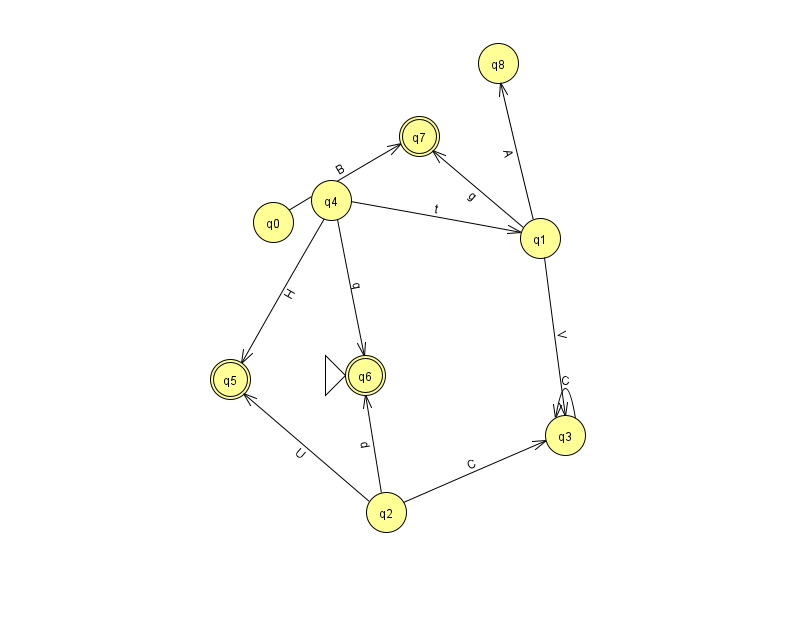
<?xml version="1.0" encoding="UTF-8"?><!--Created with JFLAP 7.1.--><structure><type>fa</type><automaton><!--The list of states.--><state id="0" name="q0"><x>273.0</x><y>209.0</y></state><state id="1" name="q1"><x>540.0</x><y>225.0</y></state><state id="2" name="q2"><x>386.0</x><y>499.0</y></state><state id="3" name="q3"><x>565.0</x><y>422.0</y></state><state id="4" name="q4"><x>331.0</x><y>187.0</y></state><state id="5" name="q5"><x>230.0</x><y>366.0</y><final/></state><state id="6" name="q6"><x>365.0</x><y>362.0</y><initial/><final/></state><state id="7" name="q7"><x>419.0</x><y>123.0</y><final/></state><state id="8" name="q8"><x>498.0</x><y>50.0</y></state><!--The list of transitions.--><transition><from>1</from><to>3</to><read>V</read></transition><transition><from>3</from><to>3</to><read>C</read></transition><transition><from>2</from><to>6</to><read>d</read></transition><transition><from>2</from><to>3</to><read>C</read></transition><transition><from>0</from><to>7</to><read>B</read></transition><transition><from>1</from><to>8</to><read>A</read></transition><transition><from>1</from><to>7</to><read>g</read></transition><transition><from>4</from><to>6</to><read>q</read></transition><transition><from>2</from><to>5</to><read>U</read></transition><transition><from>4</from><to>1</to><read>t</read></transition><transition><from>4</from><to>5</to><read>H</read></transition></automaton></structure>